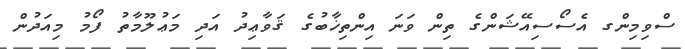
ސްވިމިންގ އެސޯސިއޭޝަންގެ ތިން ވަނަ އިންތިޚާބުގެ ޤަވާޢިދު އަދި މަޢުލޫމާތު ފޯމު މިއަދުން